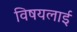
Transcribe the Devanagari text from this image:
विषयलाई